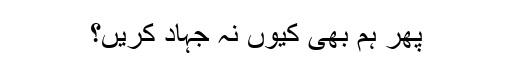
پھر ہم بھی کیوں نہ جہاد کریں؟